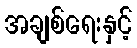
အချစ်ရေးနှင့်